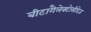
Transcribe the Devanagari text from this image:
बीटागैलेक्टोसीडेज